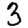
Digit: 3